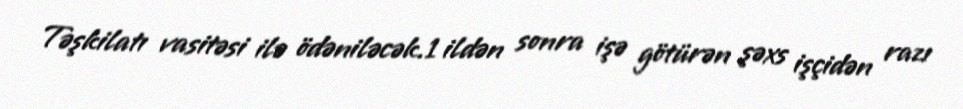
Təşkilatı vasitəsi ilə ödəniləcək.1 ildən sonra işə götürən şəxs işçidən razı